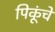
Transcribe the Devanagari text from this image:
पिकूंचे